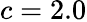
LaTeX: c=2.0